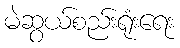
မဲဆွယ်စည်းရုံးရေး